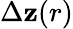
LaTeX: \Delta\mathbf{z}(r)